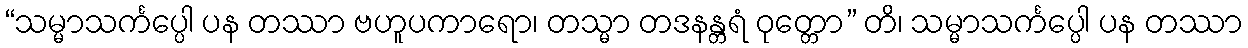
“သမ္မာသင်္ကပ္ပေါ ပန တဿာ ဗဟူပကာရော၊ တသ္မာ တဒနန္တရံ ဝုတ္တော” တိ၊ သမ္မာသင်္ကပ္ပေါ ပန တဿာ